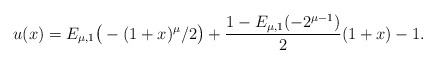
\begin{align*} u(x)=E_{\mu,1}\big(-(1+x)^\mu/2\big)+\frac{1-E_{\mu,1}(-2^{\mu-1})}{2}(1+x)-1. \end{align*}